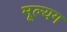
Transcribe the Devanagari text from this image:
मूल्यग